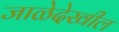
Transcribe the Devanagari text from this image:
जाळेदेखील